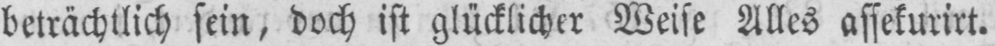
beträchtlich sein, doch ist glücklicher Weise Alles assekurirt.